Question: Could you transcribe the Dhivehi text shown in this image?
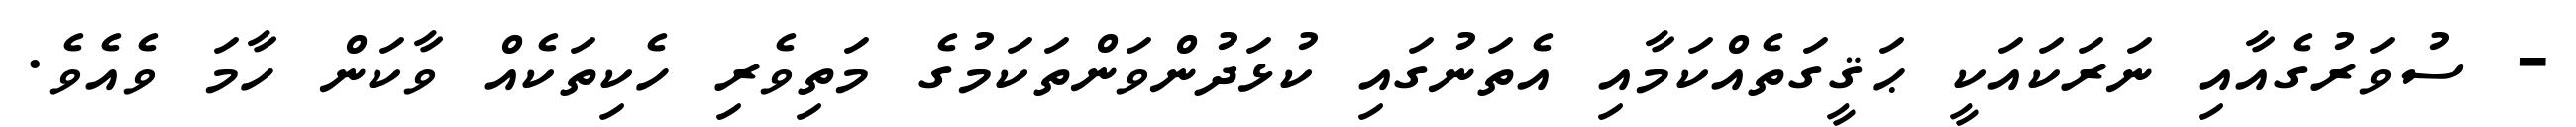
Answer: - ސުވަރުގެއާއި ނަރަކައަކީ ޙަޤީގަތެއްކަމާއި އެތަނުގައި ކުޅަދުންވަންތަކަމުގެ މަތިވެރި ހެކިތަކެއް ވާކަން ހާމަ ވެއެވެ.